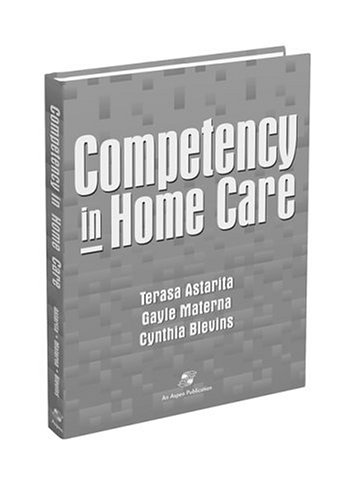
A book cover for Competency in Home Health Care: A Systematic Approach; Terasa M. Astarita; Medical Books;